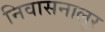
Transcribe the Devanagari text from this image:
निवासनालुर